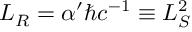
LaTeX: { \cal L } _ { \cal R } = \alpha ^ { \prime } \hbar c ^ { - 1 } \equiv L _ { S } ^ { 2 }